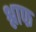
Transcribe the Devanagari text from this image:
श्लाफ